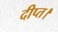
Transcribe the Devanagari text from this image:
दीप्त।